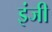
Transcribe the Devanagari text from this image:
इंजी